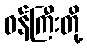
ဝန်ကြီးတို့